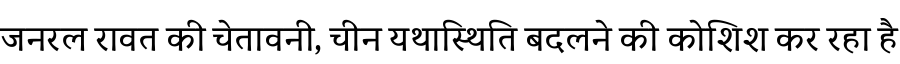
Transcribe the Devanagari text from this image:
जनरल रावत की चेतावनी, चीन यथास्थिति बदलने की कोशिश कर रहा है